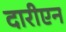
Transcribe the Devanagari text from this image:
दारीएन